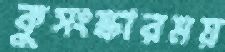
কুসংস্কারময়